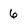
Character: 6